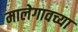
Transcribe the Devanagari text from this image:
मालेगावच्या